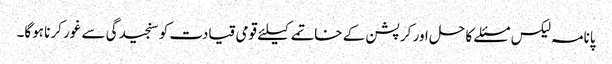
پانامہ لیکس مسئلے کا حل اور کرپشن کے خاتمے کیلئے قومی قیادت کو سنجیدگی سے غور کرنا ہوگا۔